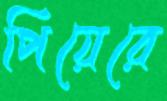
পিয়েরে